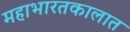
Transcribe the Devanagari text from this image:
महाभारतकालात